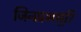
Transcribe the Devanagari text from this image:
जिनप्रभसूरि